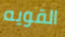
القويه